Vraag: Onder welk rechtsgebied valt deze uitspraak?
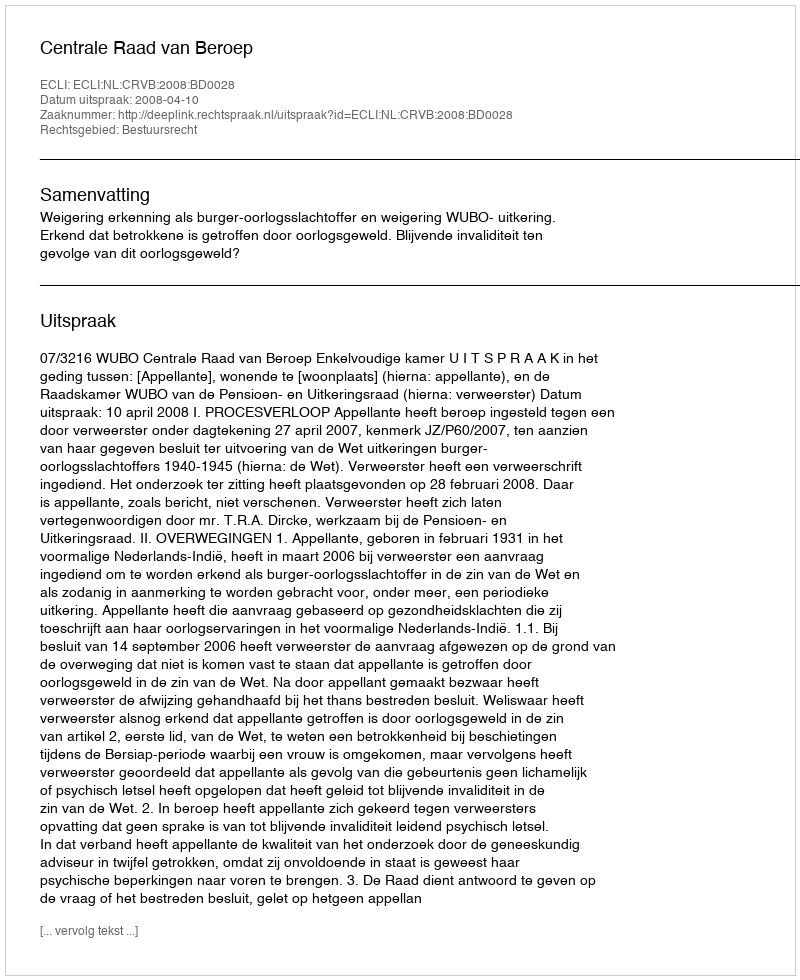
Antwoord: Bestuursrecht